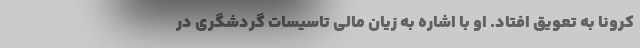
کرونا به تعویق افتاد. او با اشاره به زیان مالی تاسیسات گردشگری در